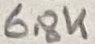
Text: 6.8K